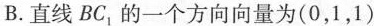
B.直线BC_{1}的一个方向向量为(0，1，1)